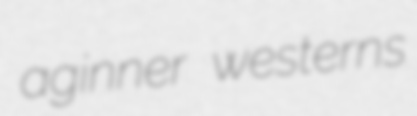
aginner westerns